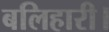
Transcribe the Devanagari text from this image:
बलिहारी।